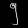
Digit: ၅